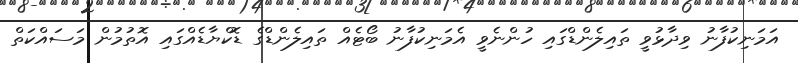
އަމަނިކުފާނު ވިދާޅުވީ ތައިލެންޑްގައި ހުންނެވީ އެމަނިކުފާނު ބޯޓެއް ތައިލެންޑްގެ ޑޮކްޔާޑެއްގައި އޮތުމުން މަސައްކަތް